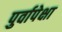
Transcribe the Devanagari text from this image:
पुर्वापेक्षा